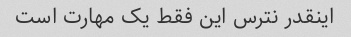
اینقدر نترس این فقط یک مهارت است